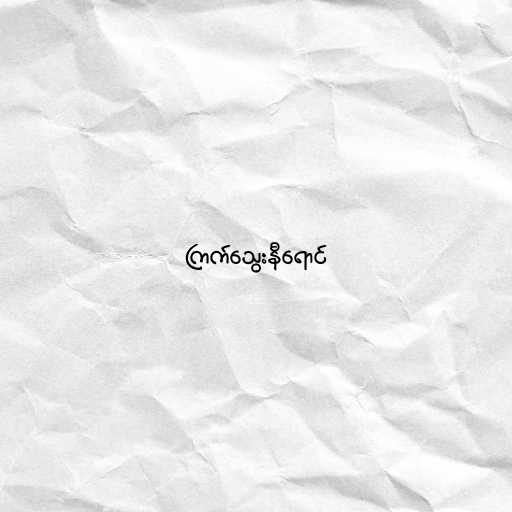
ကြက်သွေးနီရောင်